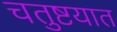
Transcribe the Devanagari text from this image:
चतुष्टयात